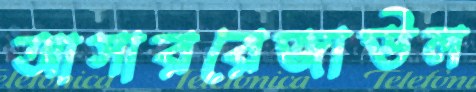
আসাররেজাউল